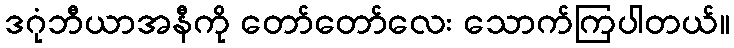
ဒဂုံဘီယာအနီကို တော်တော်လေး သောက်ကြပါတယ်။